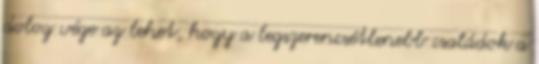
dolog vége az lehet, hogy a legszerencsétlenebb családok a